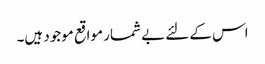
اس کے لئے بے شمار مواقع موجود ہیں۔